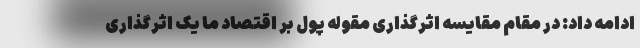
ادامه داد: در مقام مقایسه اثرگذاری مقوله پول بر اقتصاد ما یک اثرگذاری